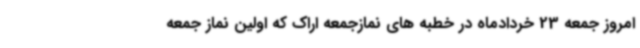
امروز جمعه 23 خردادماه در خطبه های نمازجمعه اراک که اولین نماز جمعه